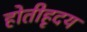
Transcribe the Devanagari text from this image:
होतीहृदय